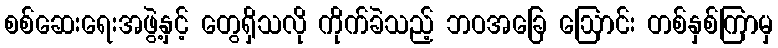
စစ်ဆေးရေးအဖွဲ့နှင့် တွေရှိသလို ကိုက်ခဲသည့် ဘဝအခြေ ဩောင်း တစ်နှစ်ကြာမှ